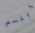
إبتسم